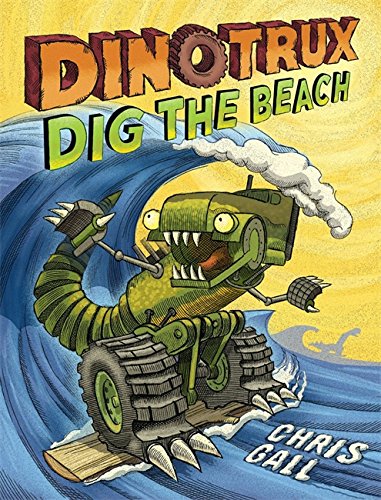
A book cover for Dinotrux Dig the Beach; Chris Gall; Children's Books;